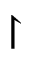
\upharpoonright